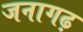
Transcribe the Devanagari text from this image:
जनागढ़